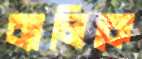
ব্যালিকে